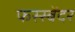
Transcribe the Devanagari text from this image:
फस्स्बेंदर